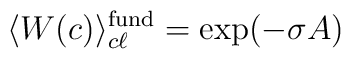
\langle W(c)\rangle^{\rm fund}_{c\ell} = \exp (-\sigma A)